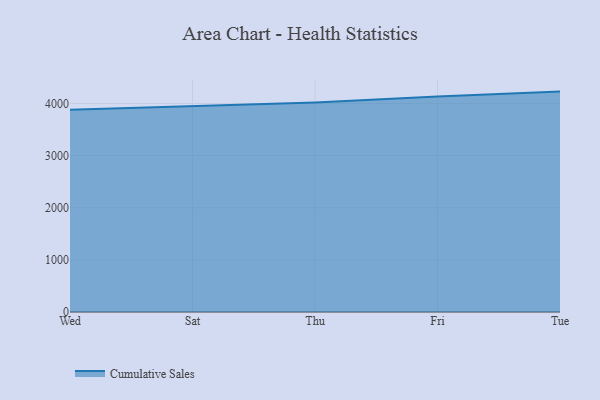
{"axis": {"x": "Day", "y": "Latency (ms)"}, "legend": ["Cumulative Sales"], "data": [{"x": "Wed", "y": 3882.0, "type": "Cumulative Sales"}, {"x": "Sat", "y": 3947.6, "type": "Cumulative Sales"}, {"x": "Thu", "y": 4017.6, "type": "Cumulative Sales"}, {"x": "Fri", "y": 4135.0, "type": "Cumulative Sales"}, {"x": "Tue", "y": 4227.9, "type": "Cumulative Sales"}]}